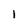
Character: 1